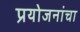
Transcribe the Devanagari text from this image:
प्रयोजनांचा